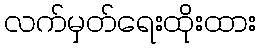
လက်မှတ်ရေးထိုးထား